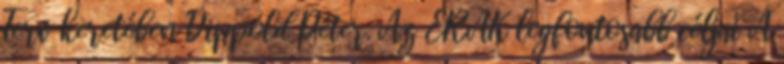
Terv keretében Dippold Péter. Az ÉRÁK legfontosabb céljai A